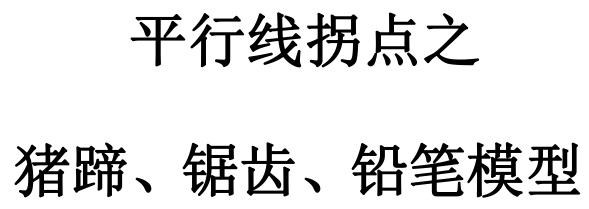
平行线拐点之
猪蹄、锯齿、铅笔模型